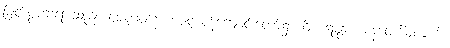
မြတ်စွာဘုရားသည်။ ဇေတဝနေ၊ ဇေတဝန်ကျောင်းတော်၌။ ဝိဟရန္တော၊ နေတော်မူလျက်။